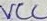
Text: VCC